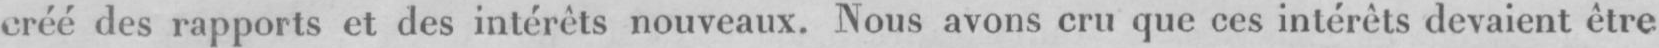
eréé des rapports et des intérêts nouveaux Nous avons cru que ces intérêts devaient être